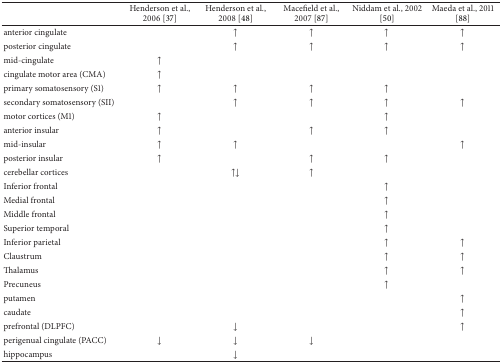
|  | Henderson et al., 2006 [37] | Henderson et al., 2008 [48] | Macefield et al., 2007 [87] | Niddam et al., 2002 [50] | Maeda et al., 2011 [88] |
 | --- | --- | --- | --- | --- | --- |
 | anterior cingulate |  | ↑ | ↑ | ↑ | ↑ |
 | posterior cingulate |  | ↑ | ↑ | ↑ | ↑ |
 | mid-cingulate | ↑ |  |  |  |  |
 | cingulate motor area (CMA) | ↑ |  |  |  |  |
 | primary somatosensory (S1) | ↑ | ↑ | ↑ | ↑ |  |
 | secondary somatosensory (SII) |  | ↑ | ↑ | ↑ | ↑ |
 | motor cortices (M1) | ↑ |  |  | ↑ |  |
 | anterior insular | ↑ |  | ↑ | ↑ |  |
 | mid-insular | ↑ | ↑ |  |  | ↑ |
 | posterior insular | ↑ |  | ↑ | ↑ |  |
 | cerebellar cortices |  | ↑↓ | ↑ |  |  |
 | Inferior frontal |  |  |  | ↑ |  |
 | Medial frontal |  |  |  | ↑ |  |
 | Middle frontal |  |  |  | ↑ |  |
 | Superior temporal |  |  |  | ↑ |  |
 | Inferior parietal |  |  |  | ↑ | ↑ |
 | Claustrum |  |  |  | ↑ | ↑ |
 | Thalamus |  |  |  | ↑ | ↑ |
 | Precuneus |  |  |  | ↑ |  |
 | putamen |  |  |  |  | ↑ |
 | caudate |  |  |  |  | ↑ |
 | prefrontal (DLPFC) |  | ↓ |  |  | ↑ |
 | perigenual cingulate (PACC) | ↓ | ↓ | ↓ |  |  |
 | hippocampus |  | ↓ |  |  |  |